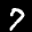
Label: 7